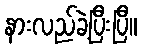
နားလည်ခဲ့ပြီးပြီ။